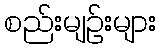
စည်းမျဉ်းများ